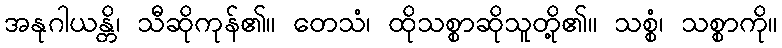
အနုဂါယန္တိ၊ သီဆိုကုန်၏။ တေသံ၊ ထိုသစ္စာဆိုသူတို့၏။ သစ္စံ၊ သစ္စာကို။